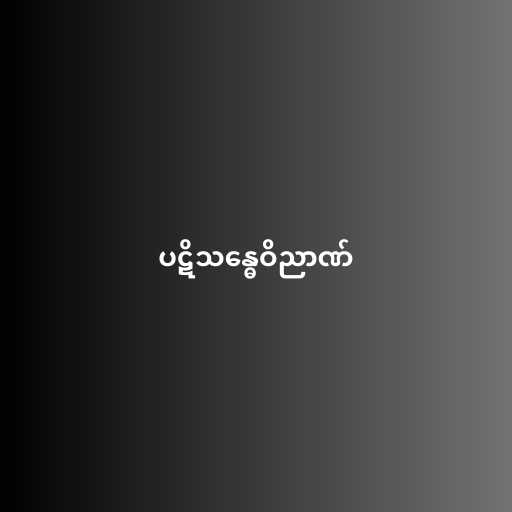
ပဋိသန္ဓေဝိညာဏ်